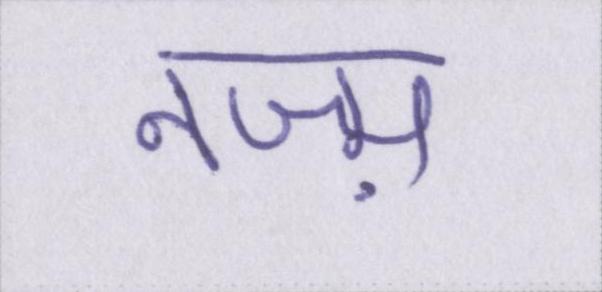
नज़्म